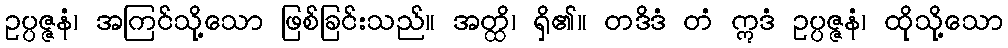
ဥပ္ပဇ္ဇနံ၊ အကြင်သို့သော ဖြစ်ခြင်းသည်။ အတ္ထိ၊ ရှိ၏။ တဒိဒံ တံ ဣဒံ ဥပ္ပဇ္ဇနံ၊ ထိုသို့သော